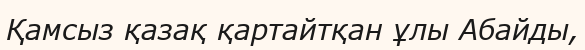
Қамсыз қазақ қартайтқан ұлы Абайды,